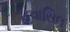
હવાસિલ